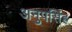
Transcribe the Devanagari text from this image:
अनुपसिंह